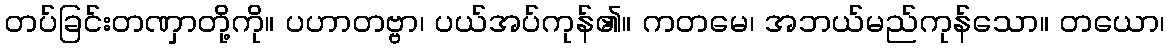
တပ်ခြင်းတဏှာတို့ကို။ ပဟာတဗ္ဗာ၊ ပယ်အပ်ကုန်၏။ ကတမေ၊ အဘယ်မည်ကုန်သော။ တယော၊